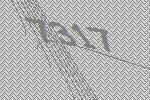
7317